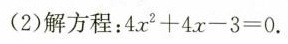
(2)解方程：4x^{2} + 4x - 3 = 0.